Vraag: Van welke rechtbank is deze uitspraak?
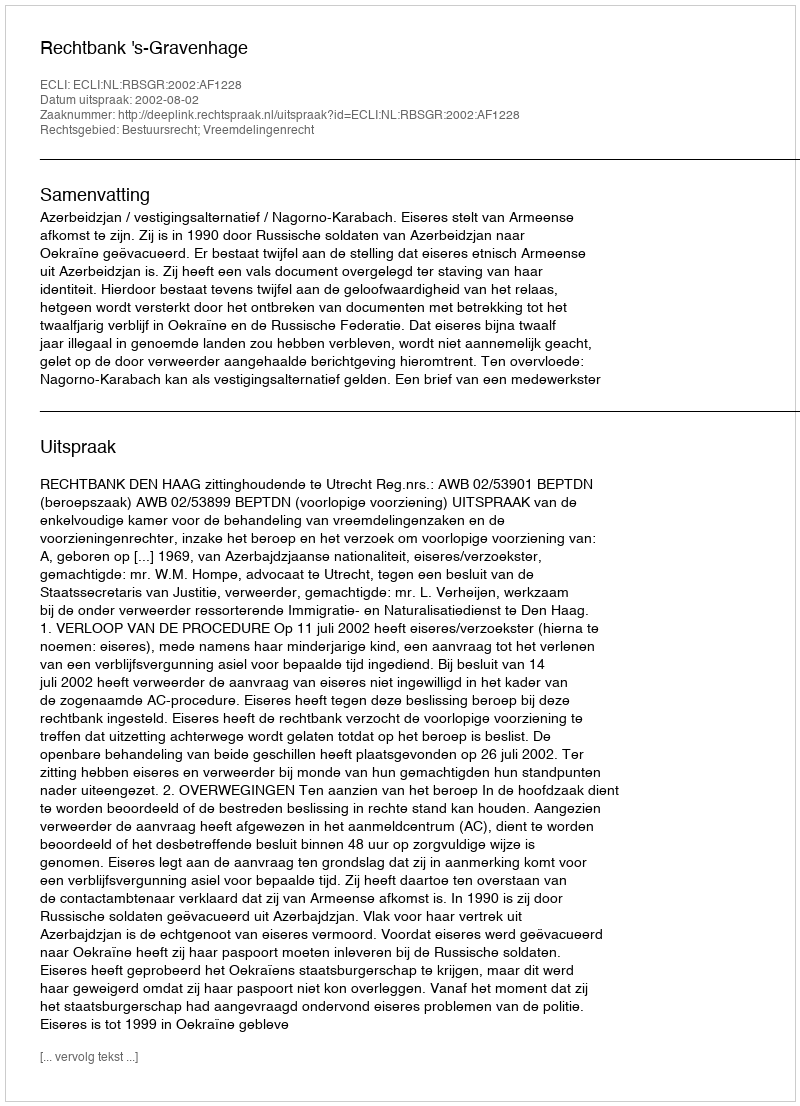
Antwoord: Rechtbank 's-Gravenhage